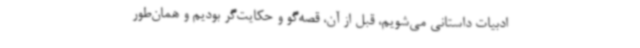
ادبیات داستانی می‌شویم، قبل از آن، قصه‌گو و حکایت‌گر بودیم و همان‌طور